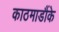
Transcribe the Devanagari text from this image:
काठमाडौंके